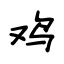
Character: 鸡